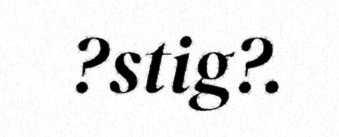
?stig?.